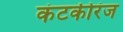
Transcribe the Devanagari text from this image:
कंटकीरंज